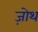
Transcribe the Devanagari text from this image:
ज़ोथ